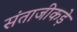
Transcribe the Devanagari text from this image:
संताजीकड़े